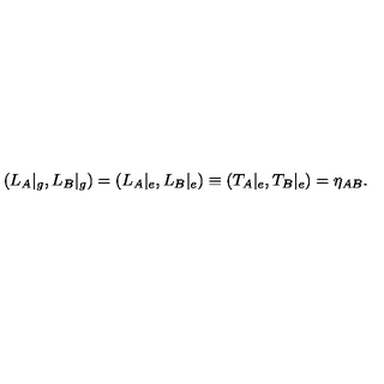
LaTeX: ( L _ { A } | _ { g } , L _ { B } | _ { g } ) = ( L _ { A } | _ { e } , L _ { B } | _ { e } ) \equiv ( T _ { A } | _ { e } , T _ { B } | _ { e } ) = \eta _ { A B } .